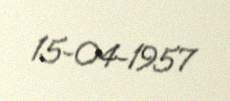
15-04-1957